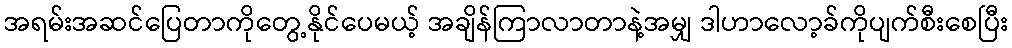
အရမ်းအဆင်ပြေတာကိုတွေ့နိုင်ပေမယ့် အချိန်ကြာလာတာနဲ့အမျှ ဒါဟာလော့ခ်ကိုပျက်စီးစေပြီး